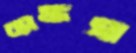
ব্যাঙ্কস